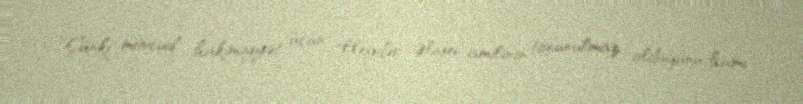
Çünki mövcud hakimiyyət üçün Heydər Əliyev amilinin toxunulmaz olduğunu hamı